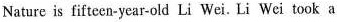
Nature is fifteen-year-old Li Wei. Li Wei took